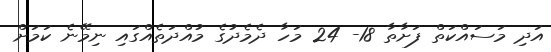
އަދި މަސައްކަތް ފަށާތާ 18- 24 މަހާ ދެމެދުގެ މުއްދަތެއްގައި ނިމޭނެ ކަމަށް